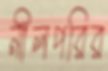
নীলপরির